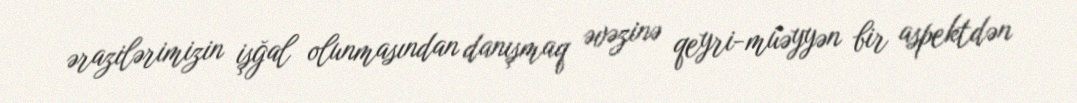
ərazilərimizin işğal olunmasından danışmaq əvəzinə qeyri-müəyyən bir aspektdən